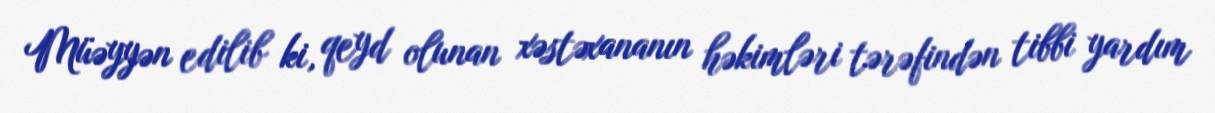
Müəyyən edilib ki, qeyd olunan xəstəxananın həkimləri tərəfindən tibbi yardım